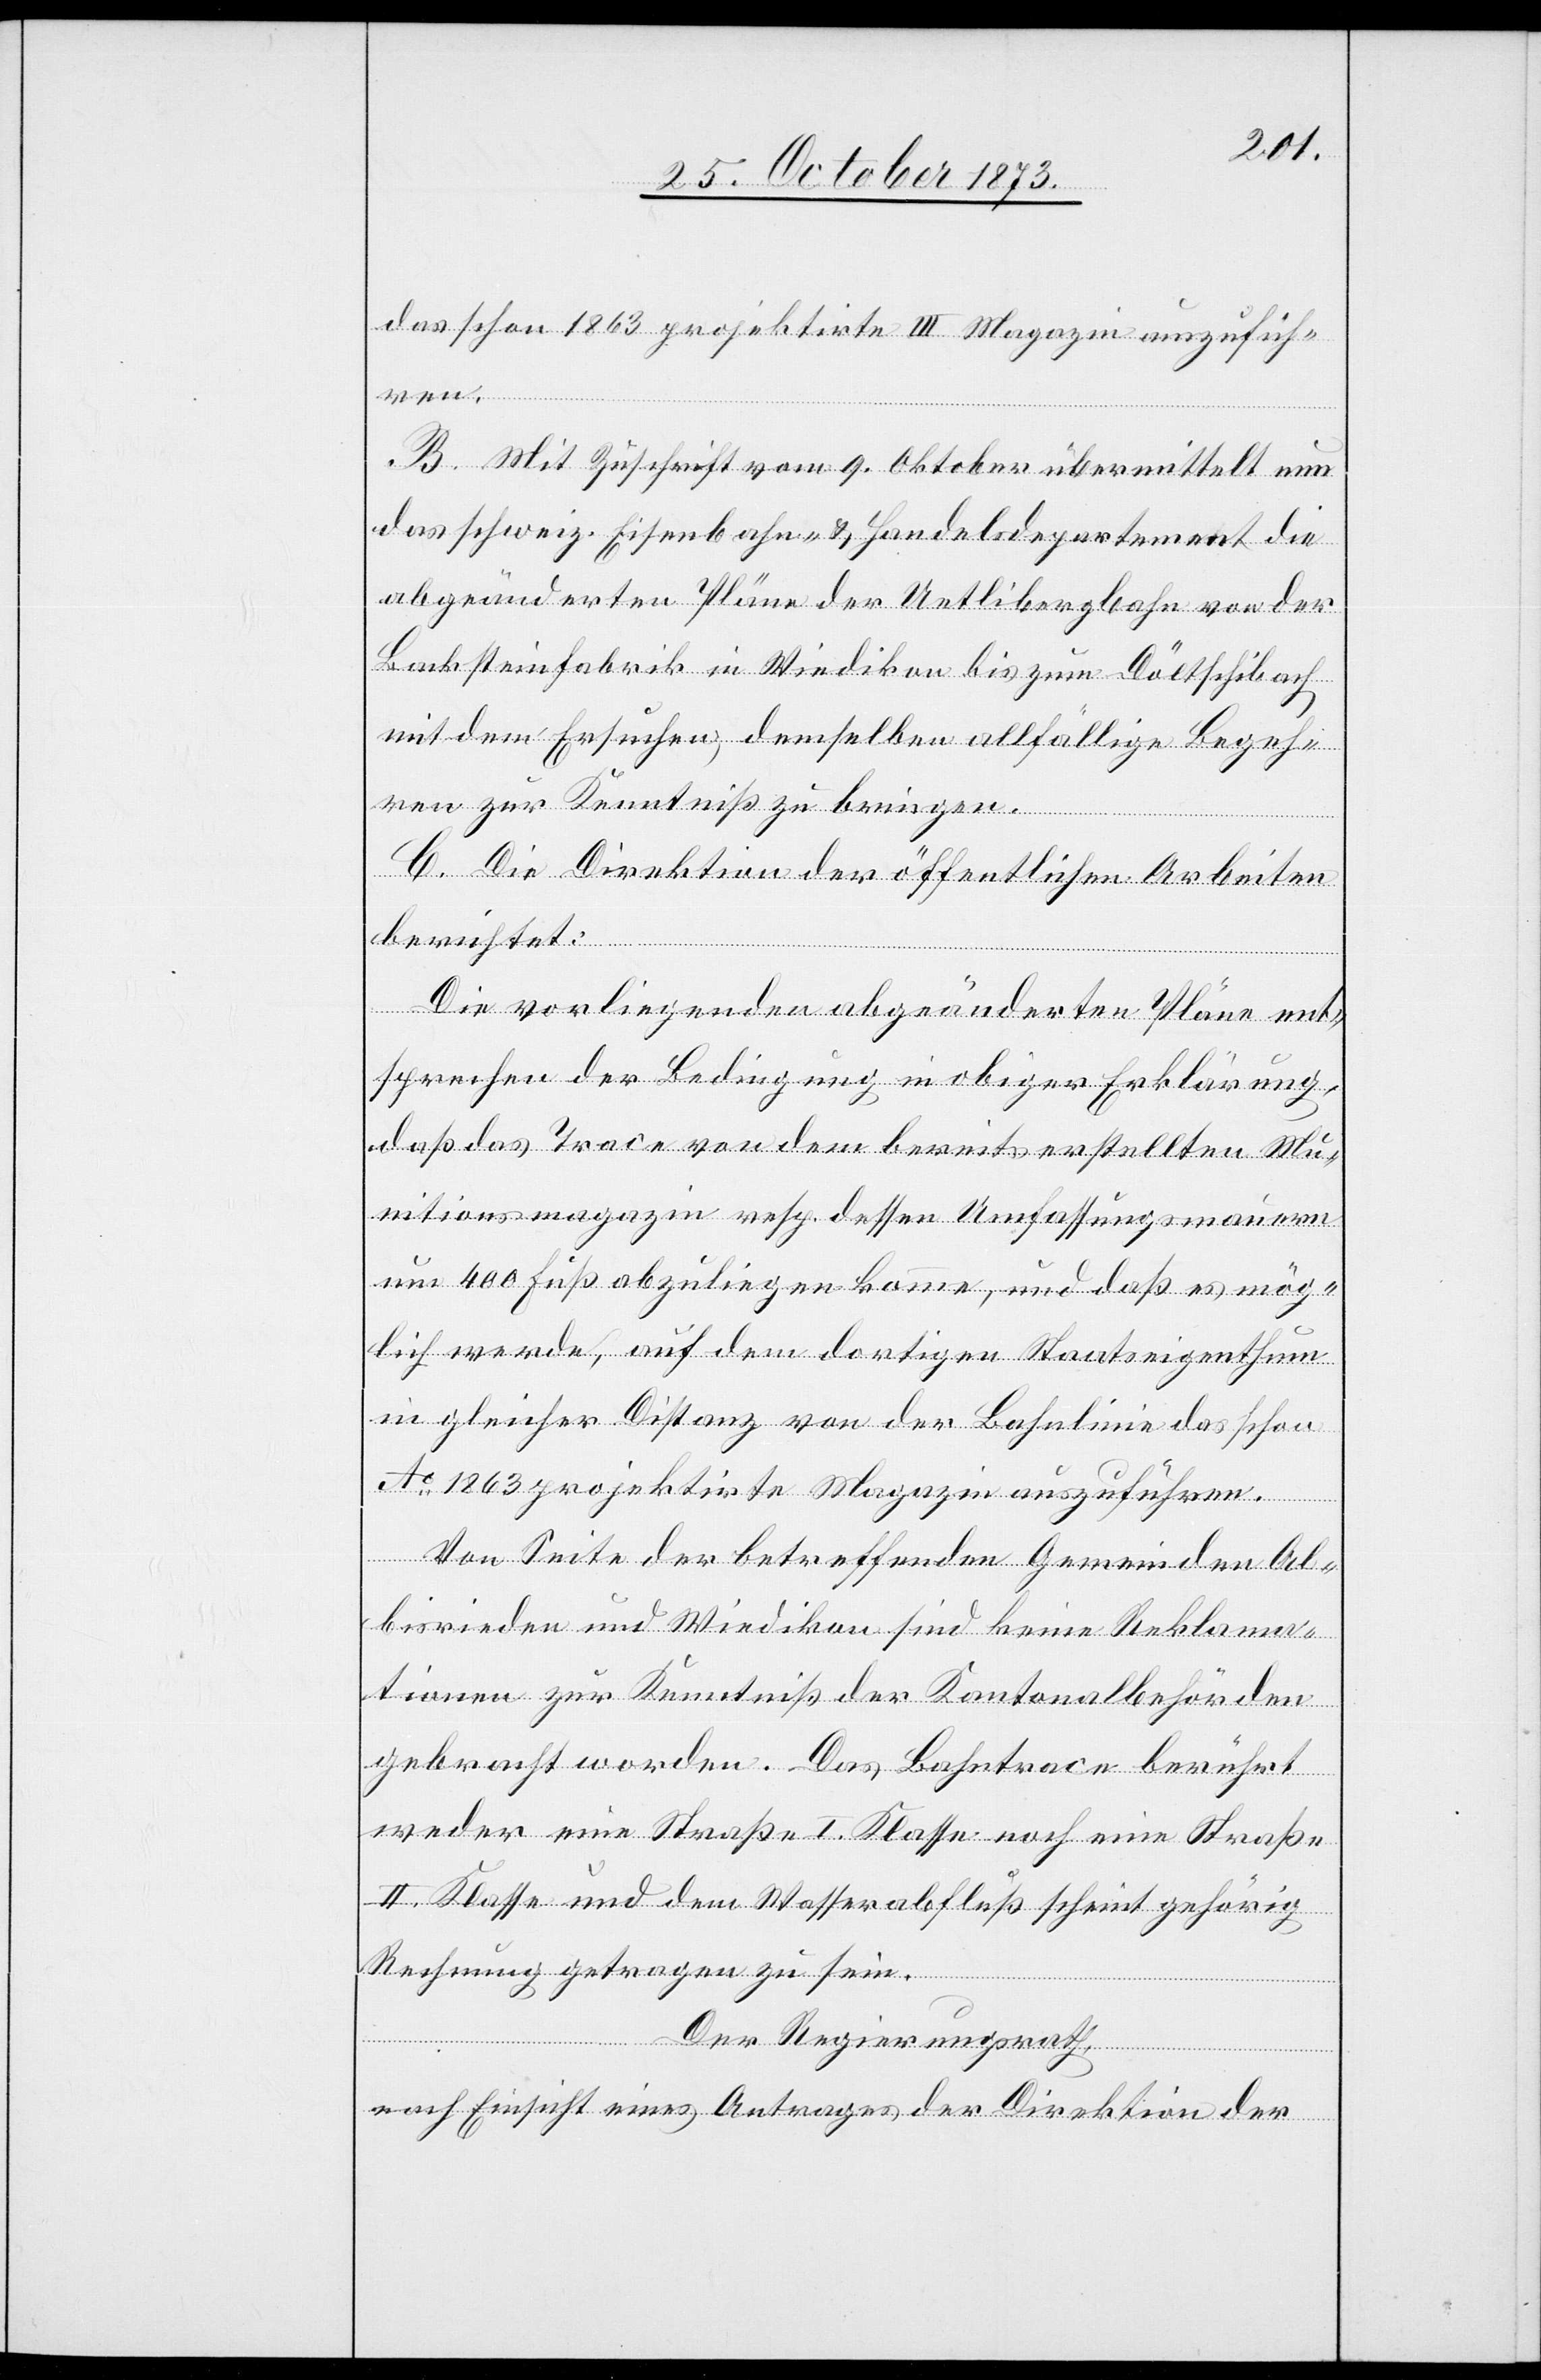
das schon 1863 projektirte III Magazin auszufüh¬
ren.
B. Mit Zuschrift vom 9. Oktober übermittelt nun
das schweiz. Eisenbahn- & Handelsdepartement die
abgeänderten Pläne der Uetlibergbahn von der
Backsteinfabrik in Wiedikon bis zum Döltschibach
mit dem Ersuchen, demselben allfällige Begeh¬
ren zur Kenntniß zu bringen.
C. Die Direktion der öffentlichen Arbeiten
berichtet:
Die vorliegenden abgeänderten Pläne ent¬
sprechen der Bedingung in obiger Erklärung,
daß das Trace von dem bereits erstellten Mu¬
nitionsmagazin resp. dessen Umfassungsmauern
um 400 Fuß abzuliegen komme, und daß es mög¬
lich werde, auf dem dortigen Staatseigenthum
in gleicher Distanz von der Bahnlinie das schon
Ao 1863 projektirte Magazin auszuführen.
Von Seite der betreffenden Gemeinden Al¬
bisrieden und Wiedikon sind keine Reklama¬
tionen zur Kenntniß der Kantonalbehörden
gebracht worden. Das Bahntrace berührt
weder eine Straße I. Klasse noch eine Straße
II. Klasse und dem Wasserabfluß scheint gehörig
Rechnung getragen zu sein.
Der Regierungsrath,
nach Einsicht eines Antrages der Direktion der